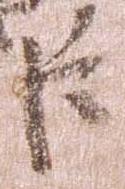
臣